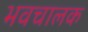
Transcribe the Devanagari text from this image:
भवचालक